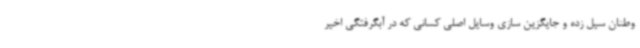
وطنان سیل زده و جایگزین سازی وسایل اصلی کسانی که در آبگرفتگی اخیر